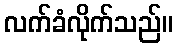
လက်ခံလိုက်သည်။